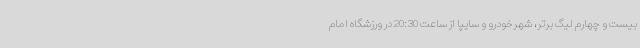
بیست و چهارم لیگ برتر، شهرخودرو و سایپا از ساعت 20:30 در ورزشگاه امام